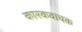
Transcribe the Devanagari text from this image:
कारकवाचक